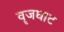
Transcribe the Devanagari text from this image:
वॄजघाट